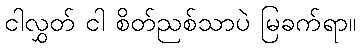
ငါလွှတ် ငါ စိတ်ညစ်သာပဲ မြခက်ရာ။